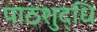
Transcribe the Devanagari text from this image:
पाठशुद्धि